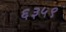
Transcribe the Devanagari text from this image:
६३५९